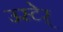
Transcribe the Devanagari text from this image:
उस्टेर्